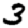
Digit: 3